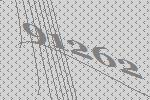
91262